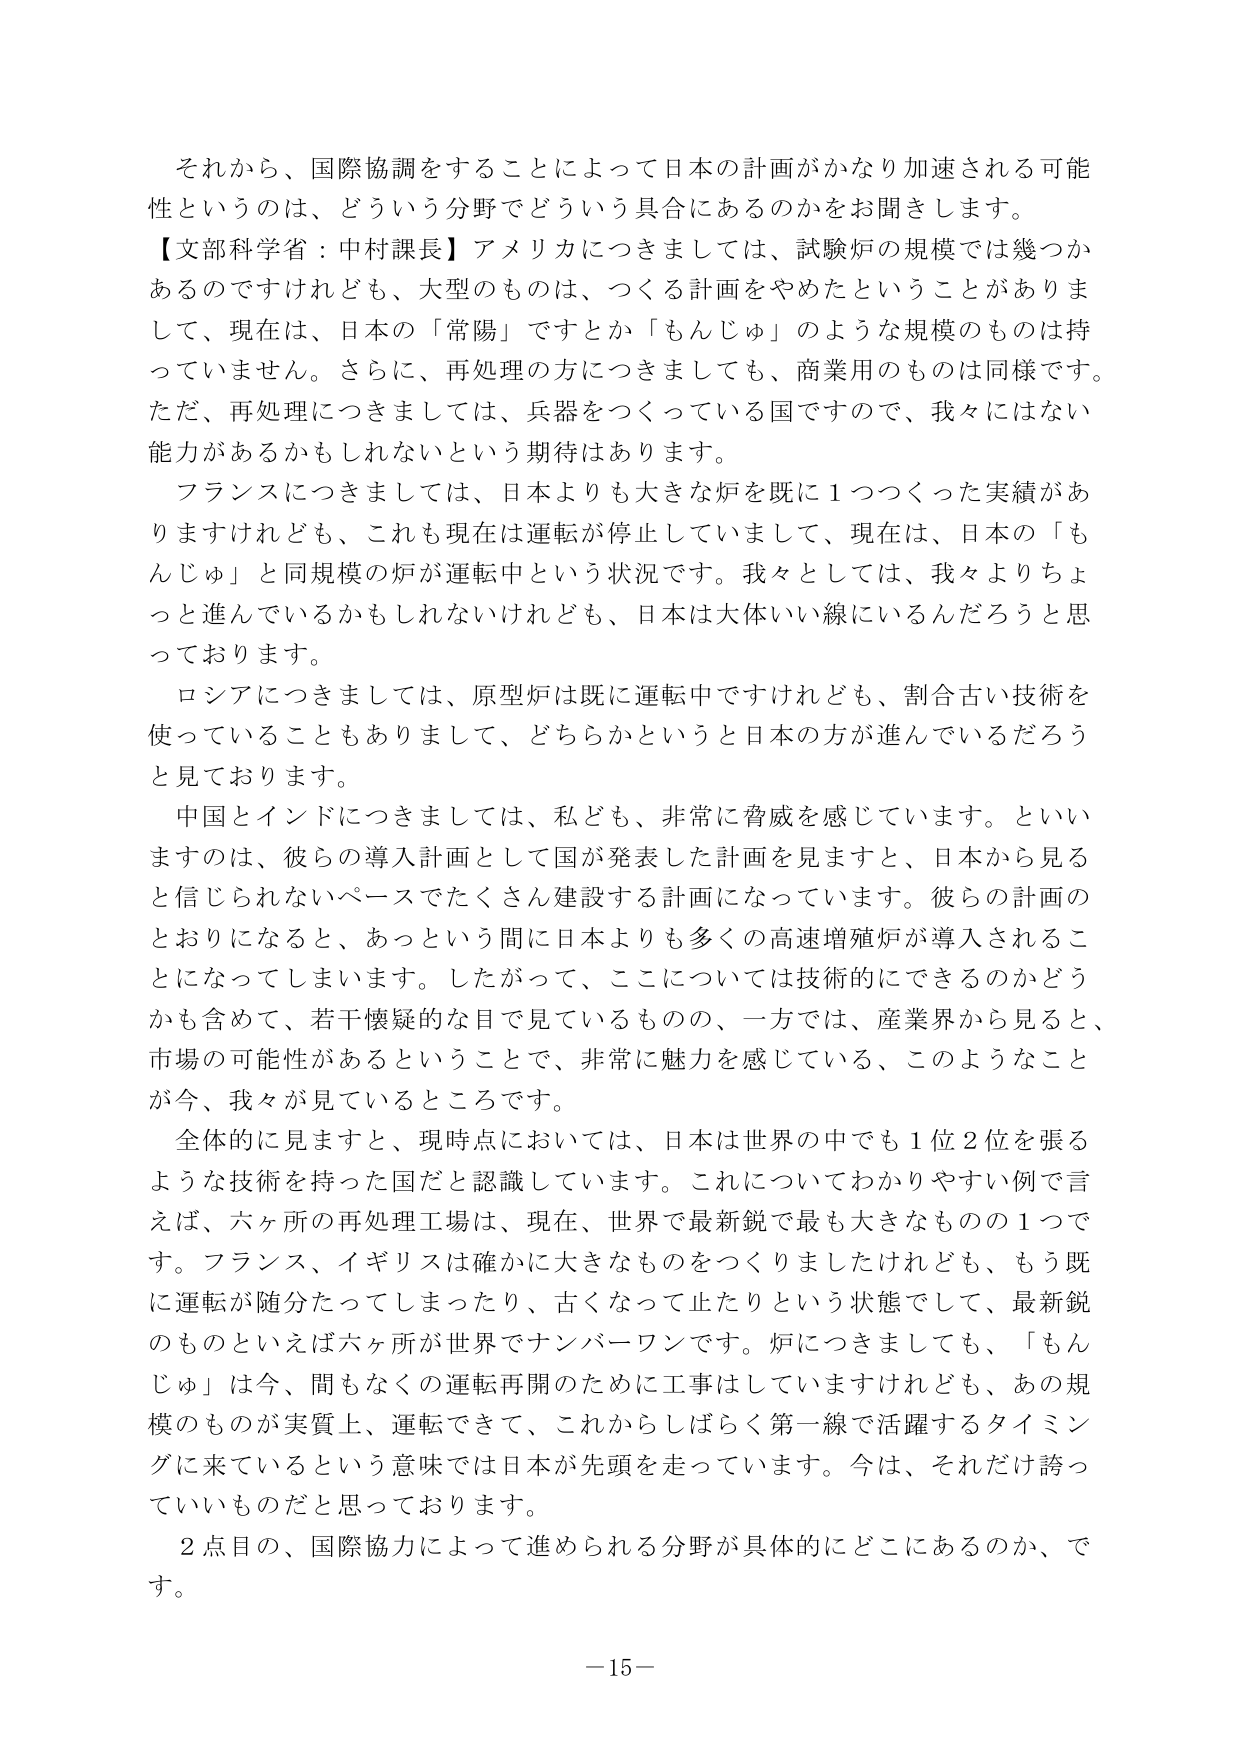
それから、国際協調をすることによって日本の計画がかなり加速される可能性というのは、どういう分野でどういう具合にあるのかをお聞きします。

【文部科学省：中村課長】アメリカにつきましては、試験炉の規模では幾つかあるのですけれども、大型のものは、つくる計画をやめたということがありまして、現在は、日本の「常陽」ですとか「もんじゅ」のような規模のものは持っていません。さらに、再処理の方につきましても、商業用のものは同様です。ただ、再処理につきましては、兵器をつくっている国ですので、我々にはない能力があるかもしれないという期待はあります。

フランスにつきましては、日本よりも大きな炉を既に１つつくった実績がありますけれども、これも現在は運転が停止していまして、現在は、日本の「もんじゅ」と同規模の炉が運転中という状況です。我々としては、我々よりちょっと進んでいるかもしれないけれども、日本は大体いい線にいるんだろうと思っております。

ロシアにつきましては、原型炉は既に運転中ですけれども、割合古い技術を使っていることもありまして、どちらかというと日本の方が進んでいるだろうと見ております。

中国とインドにつきましては、私ども、非常に脅威を感じています。といいますのは、彼らの導入計画として国が発表した計画を見ますと、日本から見ると信じられないペースでたくさん建設する計画になっています。彼らの計画のとおりになると、あっという間に日本よりも多くの高速増殖炉が導入されることになってしまいます。したがって、ここについては技術的にできるのかどうかも含めて、若干懐疑的な目で見ているものの、一方では、産業界から見ると、市場の可能性があるということで、非常に魅力を感じている、このようなことが今、我々が見ているところです。

全体的に見ますと、現時点においては、日本は世界の中でも１位２位を張るような技術を持った国だと認識しています。これについてわかりやすい例で言えば、六ヶ所の再処理工場は、現在、世界で最新鋭で最も大きなものの１つです。フランス、イギリスは確かに大きなものをつくりましたけれども、もう既に運転が随分たってしまったり、古くなって止たりという状態でして、最新鋭のものといえば六ヶ所が世界でナンバーワンです。炉につきましても、「もんじゅ」は今、間もなくの運転再開のために工事はしていますけれども、あの規模のものが実質上、運転できて、これからしばらく第一線で活躍するタイミングに来ているという意味では日本が先頭を走っています。今は、それだけ誇っていいものだと思っております。

２点目の、国際協力によって進められる分野が具体的にどこにあるのか、です。

－15－